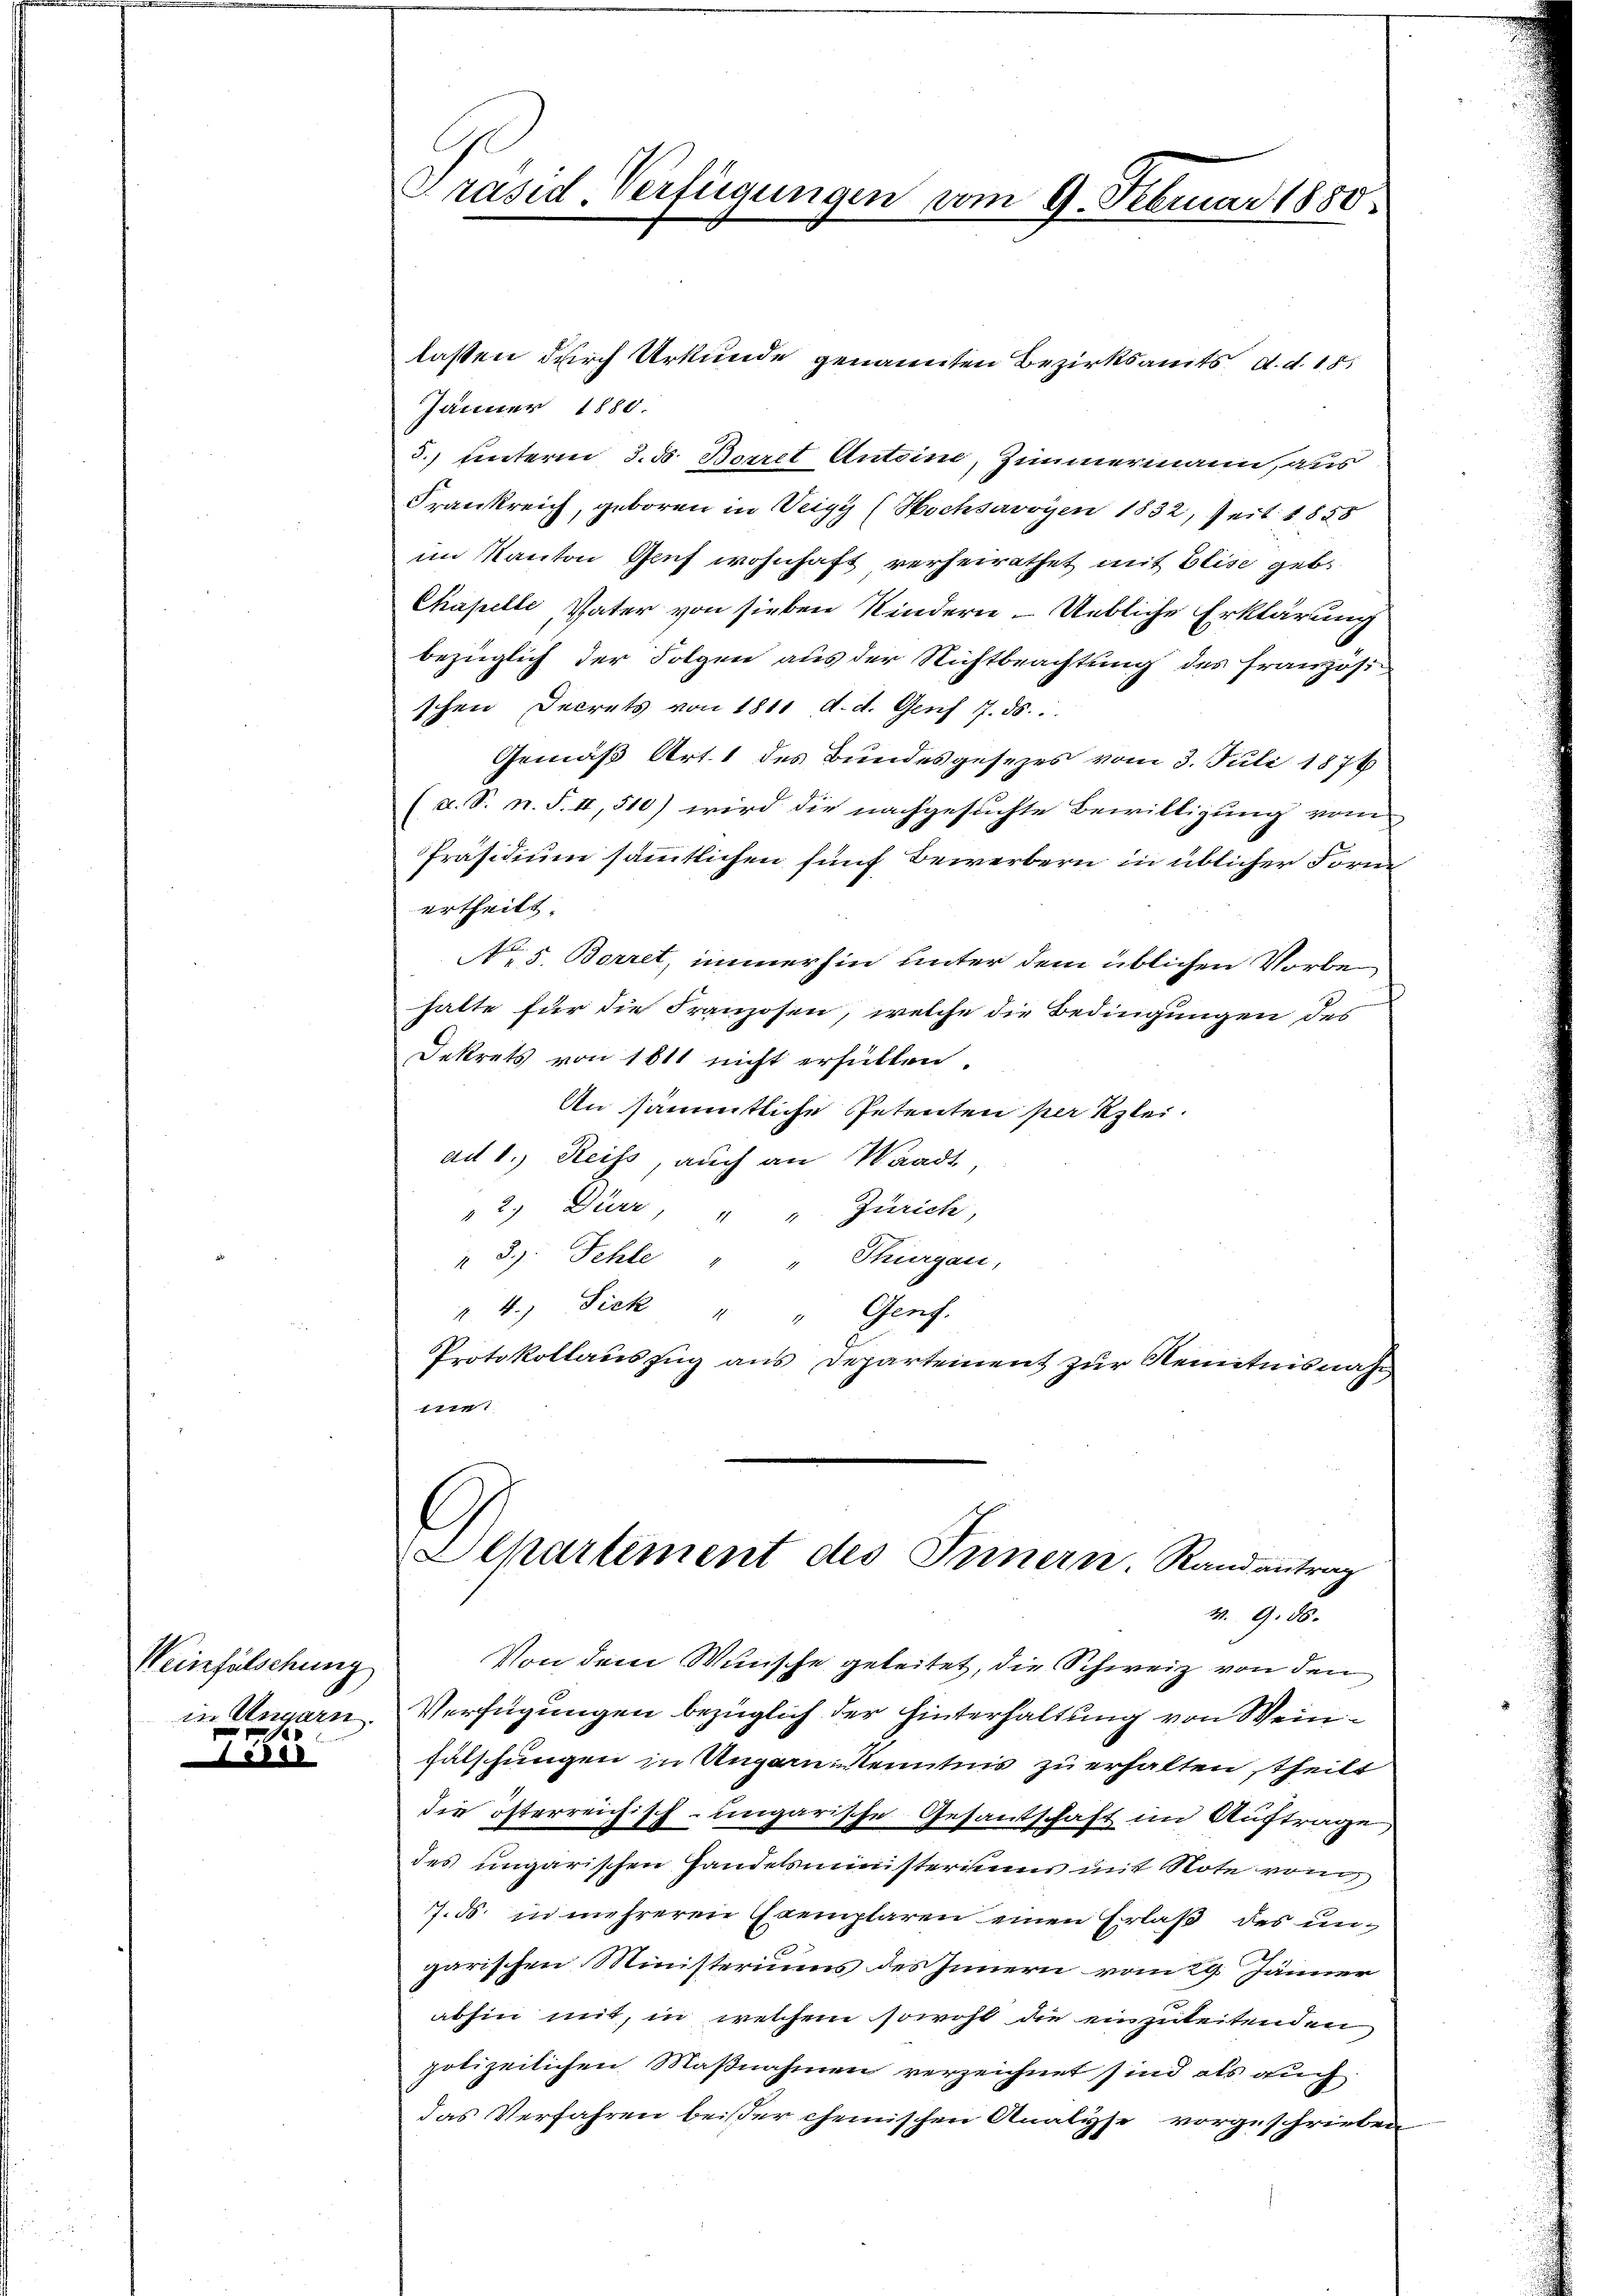
28

Weinfälschung
in Ungarn.
1

Präsid. Verfügungen vom 9. Februar 1880

lassen durch Urkunde genannten Bezirksamts, d. d. 15.
Jänner 1880.
5.) unterm 3. ds. Berret Antoine, Zimmermann, aus
Frankreich, geboren in Veigy (Hochsavoyen 1832, Zeit 1858
im Kanton Genf wohnhaft verheirathet mit Elise geb.
Chapelle, Vater von sieben Kindern – Uebliche Erklärung
bezüglich der Folgen aus der Nichtbeachtung des Französi-
schen Decrets von 1811 d. d. Genf 1. 55.
Gemäß Art. 1 des Bundesgesezes vom 3. Juli 1876
(a. S. n. F. II, 510) wird die nachgesuchte Bewilligung vom
Präsidium sämmtlichen fünf Bewerbern in üblicher Forne
ertheilt.
No. 5. Borret, immerhin unter dem üblichen Vorbe
halte für die Franzosen, welche die Bedingungen des
Dekrets von 1811 nicht erfüllen.
An sämmtliche Petenten per Kleiad 1.) Reiss, auch an Waadt,
2, Dürr, " " Zürich
" 3. Fehle " " Thurgau,
" 4.) Fick " " Genf.
Protokollauszug aus Departement zur Kenntnisnahe,
7777

Alkartement des Innern Randantrag
v. 9. ds.

Von dem Wunsche geleitet, die Schweiz von den
Verfügungen bezüglich der Hinterhaltung von Weinhälschungen in Ungern Kenntnis zu erhalten, theilt
die österreichisch-ungarische Gesantschaft im Auftrage
des ungarischen Handelsministerium mit Note von
7. ds. in mehreren Exemplaren einen Erlaß des ungarischen Ministeriums des Innern vom 29. Jänner
abhin mit, in welchem sowohl die einzuleitenden
polizeilichen Maßnahmen verzeichnet sind als auch
das Verfahren beißer chemischen Analyse vorgeschrieben